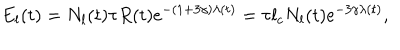
LaTeX: E _ { l } ( t ) = N _ { l } ( t ) \tau R ( t ) \mathrm { e } ^ { - ( 1 + 3 \gamma ) \lambda ( t ) } = \tau l _ { c } N _ { l } ( t ) \mathrm { e } ^ { - 3 \gamma \lambda ( t ) } ,